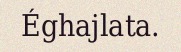
Éghajlata.